Riigikantselei, lk 4
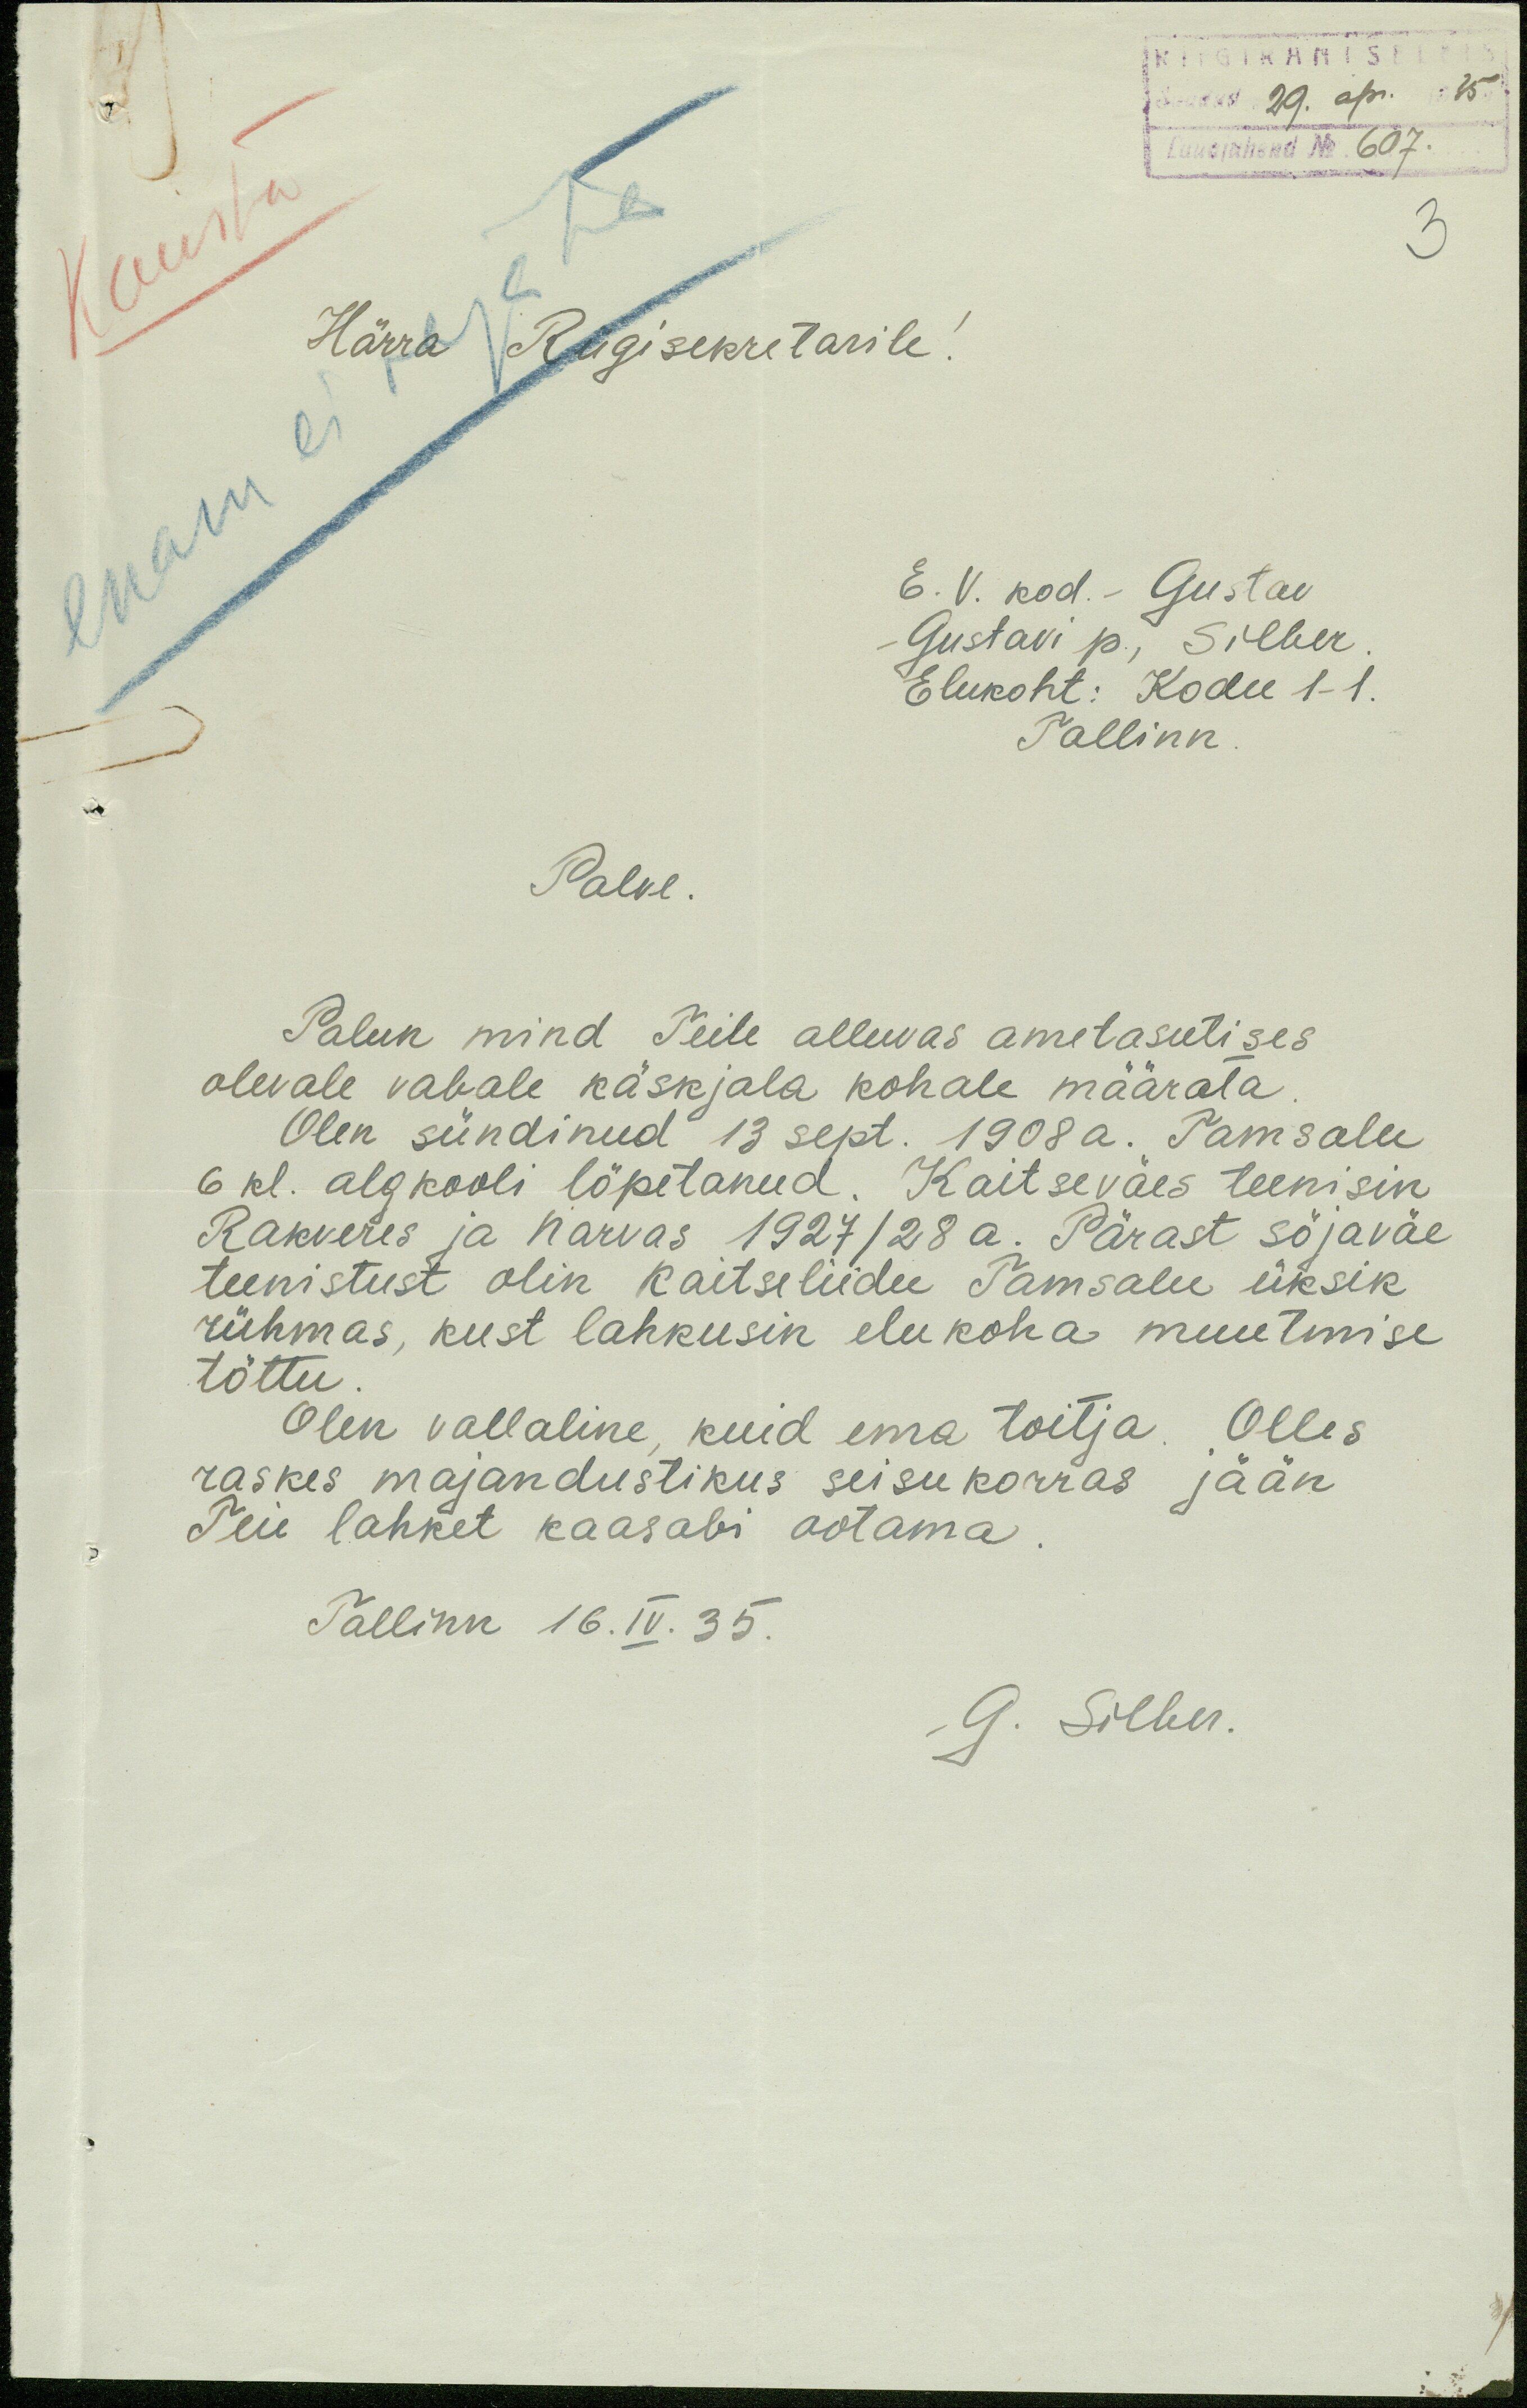
RIIGIKANTSELEIS
Saadud 29. apr. 1935 a.
Lauajuhend No. 607.
Kausta
3
enam ei vajata
Härra Riigisekretarile!
E. V. kod. - Gustav
Gustavi p., Silber
Elukoht: Kodu 1-1.
Tallinn
Palve.
Palun mind Teile alluvas ametasutises
olevale vabale käskjala kohale määrata
Olen sündinud 13 sept. 1908 a. Tamsalu
6 kl. algkooli lõpetanud. Kaitseväes teenisin
Rakveres ja Narvas 1927/28 a. Pärast sõjaväe
teenistust olin Kaitseliidu Tamsalu üksik
rühmas, kust lahkusin elukoha muutmise
tõttu
Olen vallaline, kuid ema toitja. Olles
raskes majandustikus seisukorras jään
Teie lahket kaasabi ootama
Tallinn 16. IV. 35.
G. Silber.